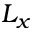
L _ { x }